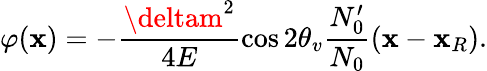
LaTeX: \varphi(\mathbf{x})=-\frac{{\deltam^{2}}}{{4E}}\cos{2\theta_{v}}\frac{{N_{0}^{\prime}}}{{N_{0}}}(\mathbf{x}-\mathbf{x}_{R}).